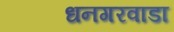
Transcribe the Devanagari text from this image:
धनगरवाडा